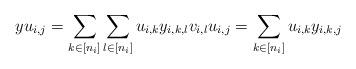
LaTeX: \begin{align*}y u_{i,j}& =\sum_{k \in [n_i]} \sum_{l \in [n_i]} u_{i, k} y_{i,k, l} v_{i, l} u_{i,j} =\sum_{k\in [n_i]} u_{i, k} y_{i, k, j}\end{align*}